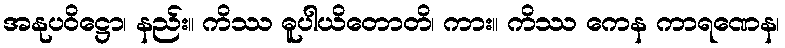
အနုပဝိဋ္ဌော၊ နည်း။ ကိဿ ဓူပါယိတောတိ၊ ကား။ ကိဿ ကေန ကာရဏေန၊